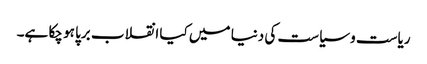
ریاست و سیاست کی دنیا میں کیا انقلاب برپا ہو چکا ہے۔